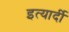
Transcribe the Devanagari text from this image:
इत्यार्दी